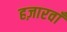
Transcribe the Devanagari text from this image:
हज़ारवाँ